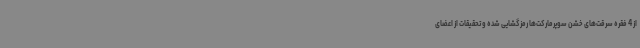
از 4 فقره سرقت‌های خشن سوپرمارکت‌ها رمزگشایی شده و تحقیقات از اعضای